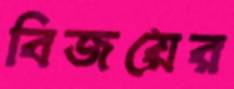
বিজয়ের